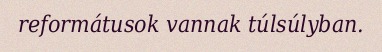
reformátusok vannak túlsúlyban.